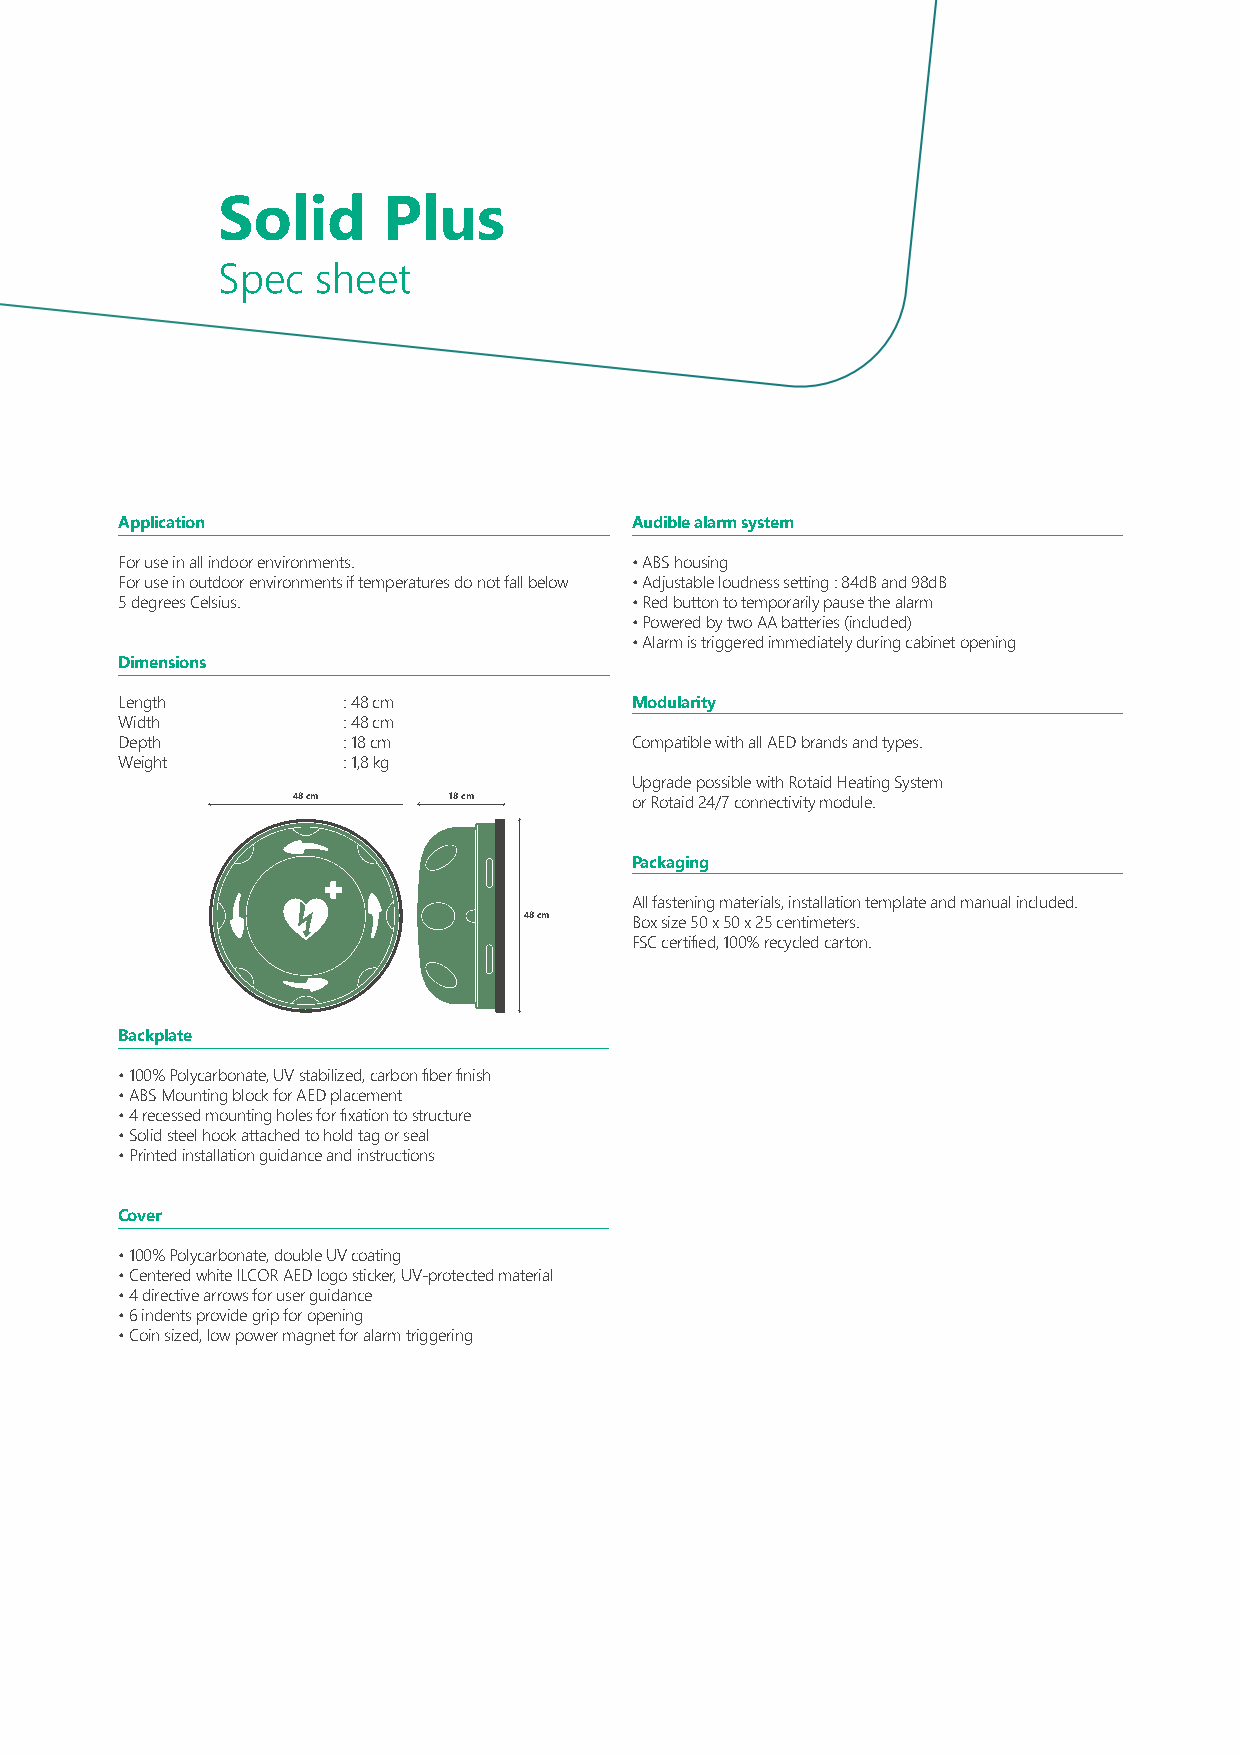
Solid      Plus
 Spec   sheet
 Application                       Audible alarm system
 For use in all indoor environments. • ABS housing
 For use in outdoor environments if temperatures do not fall below • Adjustable loudness setting : 84dB and 98dB
 5 degrees Celsius.                • Red button to temporarily pause the alarm
 • Powered by two AA batteries (included)
 • Alarm is triggered immediately during cabinet opening
 Dimensions
 Length         : 48 cm            Modularity
 Width          : 48 cm
 Depth          : 18 cm            Compatible with all AED brands and types.
 Weight         : 1,8 kg
 Upgrade possible with Rotaid Heating System
 48 cm      18 cm       or Rotaid 24/7 connectivity module.
 Packaging
 All fastening materials, installation template and manual included.
 48 cm  Box size 50 x 50 x 25 centimeters.
 FSC certified, 100% recycled carton.
 Backplate
 • 100% Polycarbonate, UV stabilized, carbon fiber finish
 • ABS Mounting block for AED placement
 • 4 recessed mounting holes for fixation to structure
 • Solid steel hook attached to hold tag or seal
 • Printed installation guidance and instructions
 Cover
 • 100% Polycarbonate, double UV coating
 • Centered white ILCOR AED logo sticker, UV-protected material
 • 4 directive arrows for user guidance
 • 6 indents provide grip for opening
 • Coin sized, low power magnet for alarm triggering